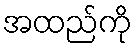
အထည်ကို